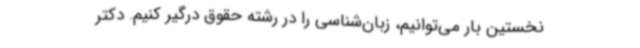
نخستین بار می‌توانیم، زبان‌شناسی را در رشته حقوق درگیر کنیم. دکتر